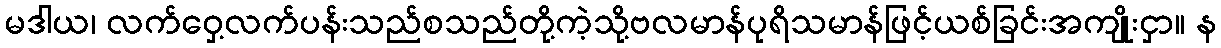
မဒါယ၊ လက်ဝှေ့လက်ပန်းသည်စသည်တို့ကဲ့သို့ဗလမာန်ပုရိသမာန်ဖြင့်ယစ်ခြင်းအကျိုးငှာ။ န